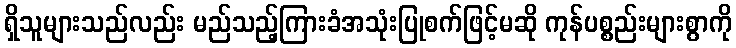
ရှိသူများသည်လည်း မည်သည့်ကြားခံအသုံးပြုစက်ဖြင့်မဆို ကုန်ပစ္စည်းများစွာကို